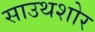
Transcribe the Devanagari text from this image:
साउथशोर